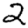
Digit: 2